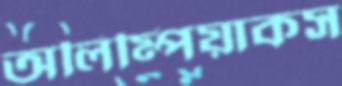
অলিম্পিয়াকস